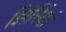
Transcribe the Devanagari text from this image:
झिर्रियां